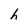
Character: h